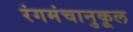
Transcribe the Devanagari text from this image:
रंगमंचानुकूल